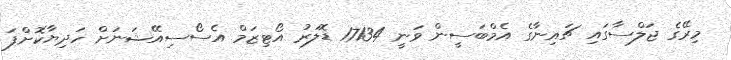
މިރޭގެ ޖަލްސާގައި ޗައިނާގެ އެމްބަސީން ވަނީ 17134 ޑޮލަރު އޯޓިޒަމް އެސޯސިއޭޝަނަށް ހަދިޔާކޮށްފަ